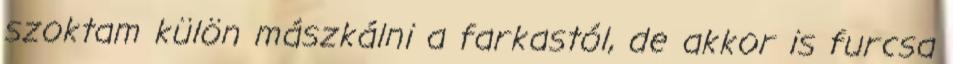
szoktam külön mászkálni a farkastól, de akkor is furcsa